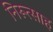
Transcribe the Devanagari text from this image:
निरूत्साह